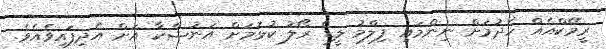
ރީމޭކްއެއް ހެދުމަށް ނިންމައި ފިލްމު ލީޑް ރޯލު ކުޅުމަށް އަނުޝްކާ އަށް އެދިފައިވެއެވެ.